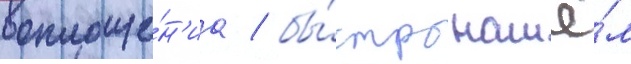
воплоще́н'иа / бы́стро нашё́л